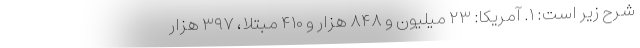
شرح زیر است: ۱. آمریکا: ۲۳ میلیون و ۸۴۸ هزار و ۴۱۰ مبتلا، ۳۹۷ هزار